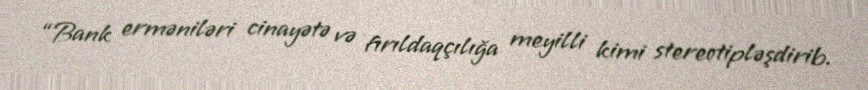
“Bank erməniləri cinayətə və fırıldaqçılığa meyilli kimi stereotipləşdirib.